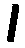
၊